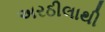
અરઠીલાથી